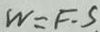
W = F \cdot S .